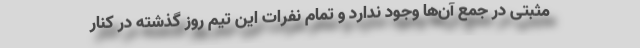
مثبتی در جمع آن‌ها وجود ندارد و تمام نفرات این تیم روز گذشته در کنار